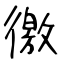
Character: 徼